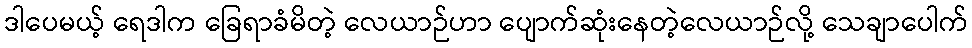
ဒါပေမယ့် ရေဒါက ခြေရာခံမိတဲ့ လေယာဉ်ဟာ ပျောက်ဆုံးနေတဲ့လေယာဉ်လို့ သေချာပေါက်